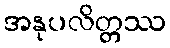
အနုပလိတ္တဿ